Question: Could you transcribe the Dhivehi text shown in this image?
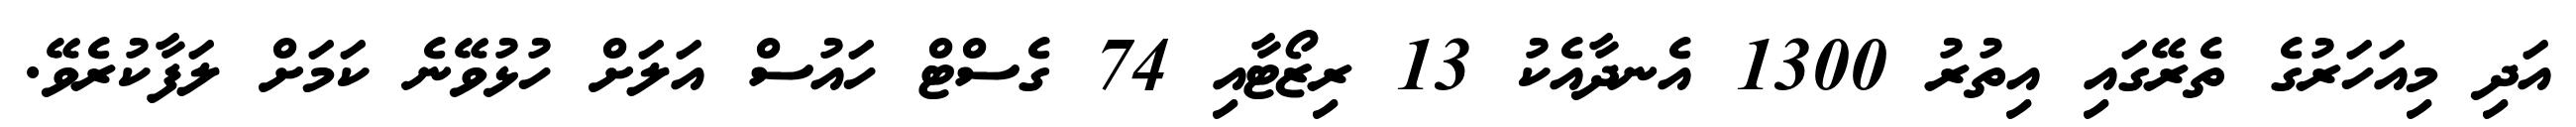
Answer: އަދި މިއަހަރުގެ ތެރޭގައި އިތުރު 1300 އެނދާއެކު 13 ރިޒޯޓާއި 74 ގެސްޓް ހައުސް އަލަށް ހުޅުވޭނެ ކަމަށް ލަފާކުރެވޭ.